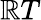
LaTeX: \mathbb{R}T